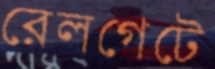
রেলগেটে